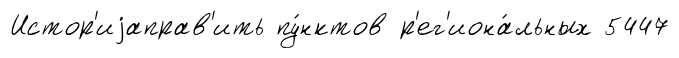
Истор'иjаправ'ить пу́нктов р'ег'иона́льных 5447